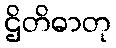
ဌိတိဓာတု